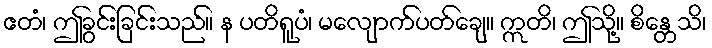
ဧတံ၊ ဤခွင်းခြင်းသည်။ န ပတိရူပံ၊ မလျောက်ပတ်ချေ။ ဣတိ၊ ဤသို့။ စိန္တေသိ၊